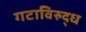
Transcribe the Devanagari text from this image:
गटाविरुद्ध